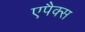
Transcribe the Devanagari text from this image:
एपैक्स